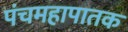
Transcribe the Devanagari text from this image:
पंचमहापातक